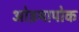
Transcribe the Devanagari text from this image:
ओइयापोक